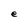
Character: e